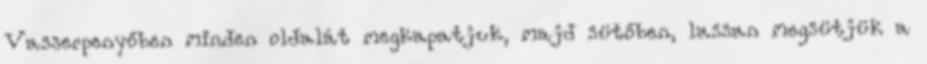
Vasserpenyőben minden oldalát megkapatjuk, majd sütőben, lassan megsütjük a